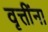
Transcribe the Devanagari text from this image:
वृत्तींना